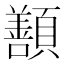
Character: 𩕊